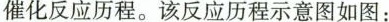
催化反应历程。该反应历程示意图如图：